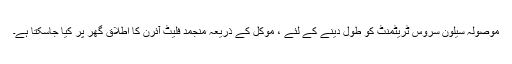
موصولہ سیلون سروس ٹریٹمنٹ کو طول دینے کے لئے ، موکل کے ذریعہ منجمد فلیٹ آئرن کا اطلاق گھر پر کیا جاسکتا ہے۔